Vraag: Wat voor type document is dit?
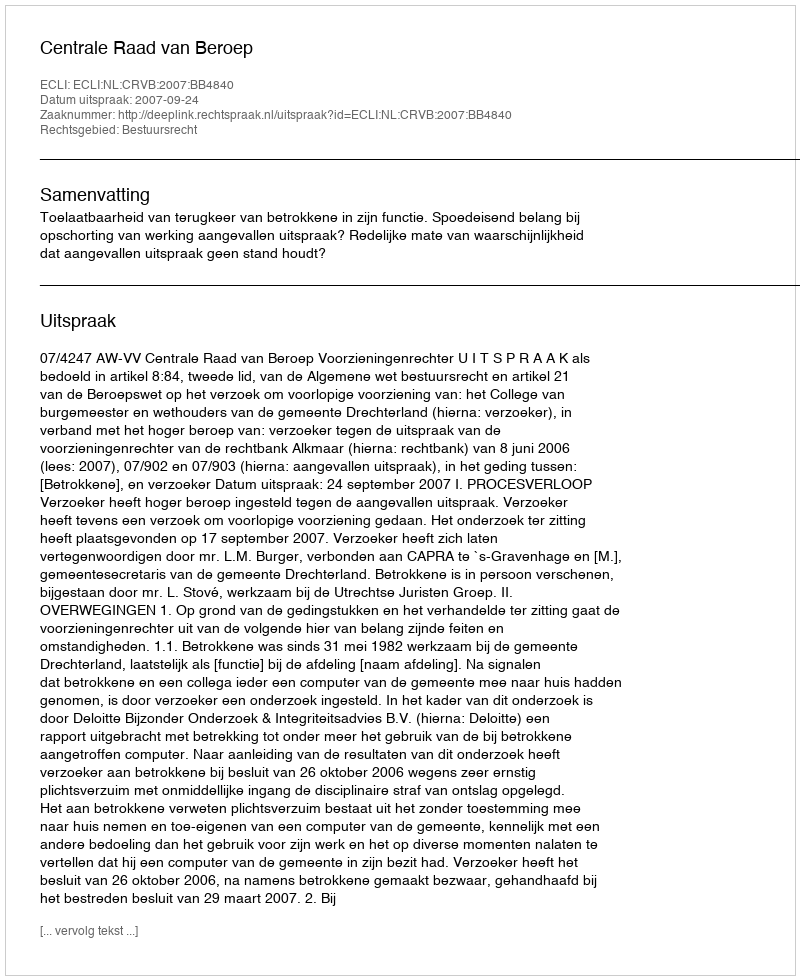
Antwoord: Uitspraak